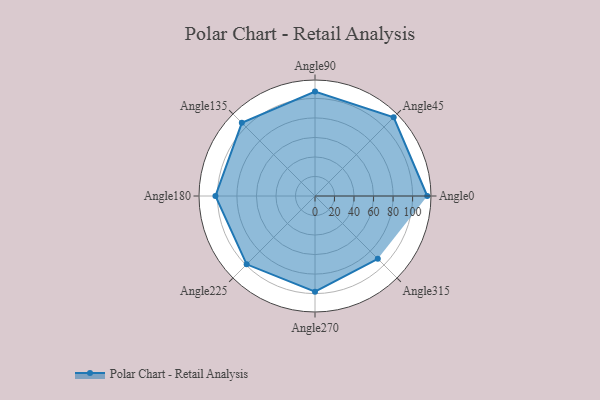
{"axis": {"x": "Angle", "y": "Radius"}, "legend": [""], "data": [{"x": "Angle0", "y": 115.0, "type": ""}, {"x": "Angle45", "y": 114.0, "type": ""}, {"x": "Angle90", "y": 107.0, "type": ""}, {"x": "Angle135", "y": 106.0, "type": ""}, {"x": "Angle180", "y": 102.0, "type": ""}, {"x": "Angle225", "y": 99.0, "type": ""}, {"x": "Angle270", "y": 98.0, "type": ""}, {"x": "Angle315", "y": 91.0, "type": ""}]}